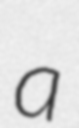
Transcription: a